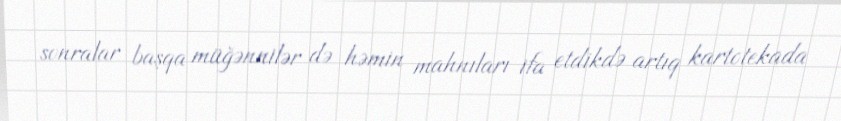
sonralar başqa müğənnilər də həmin mahnıları ifa etdikdə artıq kartotekada